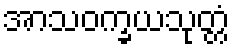
အာသဝက္ခယသုတ္တံ